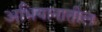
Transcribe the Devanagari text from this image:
अभियानातील